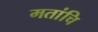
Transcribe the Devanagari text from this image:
मतांचि